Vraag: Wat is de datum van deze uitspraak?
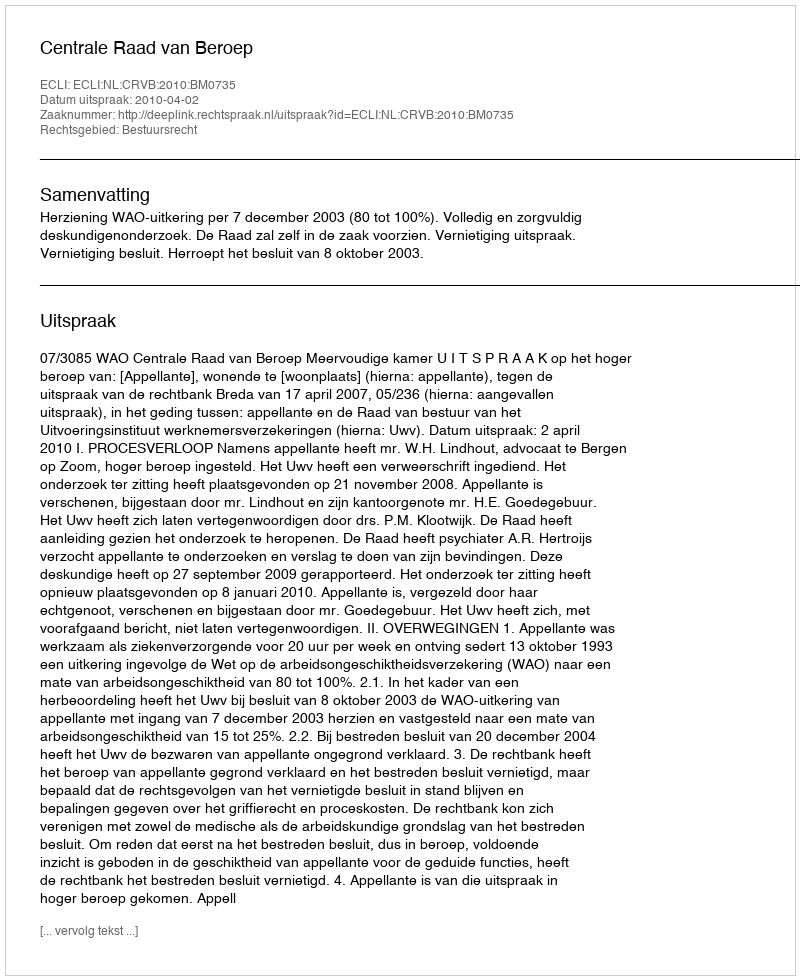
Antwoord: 2010-04-02